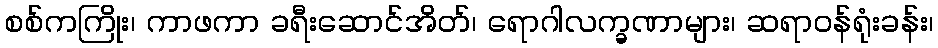
စစ်ကကြိုး၊ ကာဖကာ ခရီးဆောင်အိတ်၊ ရောဂါလက္ခဏာများ၊ ဆရာဝန်ရုံးခန်း၊